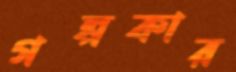
গল্পকার